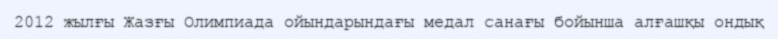
2012 жылғы Жазғы Олимпиада ойындарындағы медал санағы бойынша алғашқы ондық